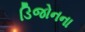
ડિજોનના